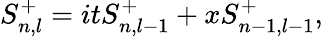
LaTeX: S_{n,l}^{+}=itS_{n,l-1}^{+}+xS_{n-1,l-1}^{+},